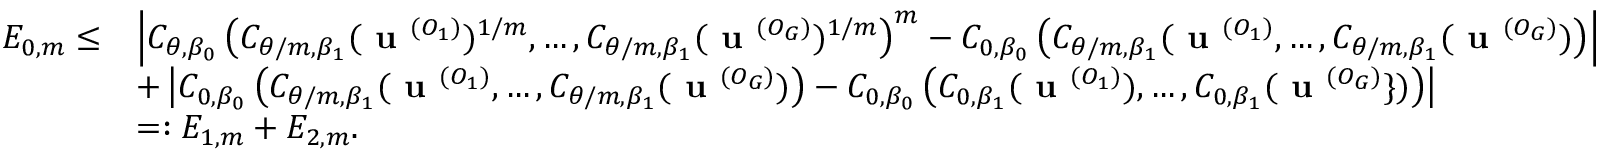
\begin{array} { r l } { E _ { 0 , m } \leq } & { \left| C _ { \theta , \beta _ { 0 } } \left( C _ { \theta / m , \beta _ { 1 } } ( \textbf { u } ^ { ( O _ { 1 } ) } ) ^ { 1 / m } , \dots , C _ { \theta / m , \beta _ { 1 } } ( \textbf { u } ^ { ( O _ { G } ) } ) ^ { 1 / m } \right) ^ { m } - C _ { 0 , \beta _ { 0 } } \left( C _ { \theta / m , \beta _ { 1 } } ( \textbf { u } ^ { ( O _ { 1 } ) } , \dots , C _ { \theta / m , \beta _ { 1 } } ( \textbf { u } ^ { ( O _ { G } ) } ) \right) \right| } \\ & { + \left| C _ { 0 , \beta _ { 0 } } \left( C _ { \theta / m , \beta _ { 1 } } ( \textbf { u } ^ { ( O _ { 1 } ) } , \dots , C _ { \theta / m , \beta _ { 1 } } ( \textbf { u } ^ { ( O _ { G } ) } ) \right) - C _ { 0 , \beta _ { 0 } } \left( C _ { 0 , \beta _ { 1 } } ( \textbf { u } ^ { ( O _ { 1 } ) } ) , \dots , C _ { 0 , \beta _ { 1 } } ( \textbf { u } ^ { ( O _ { G } ) } \} ) \right) \right| } \\ & { = : E _ { 1 , m } + E _ { 2 , m } . } \end{array}